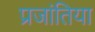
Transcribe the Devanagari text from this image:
प्रजांतिया